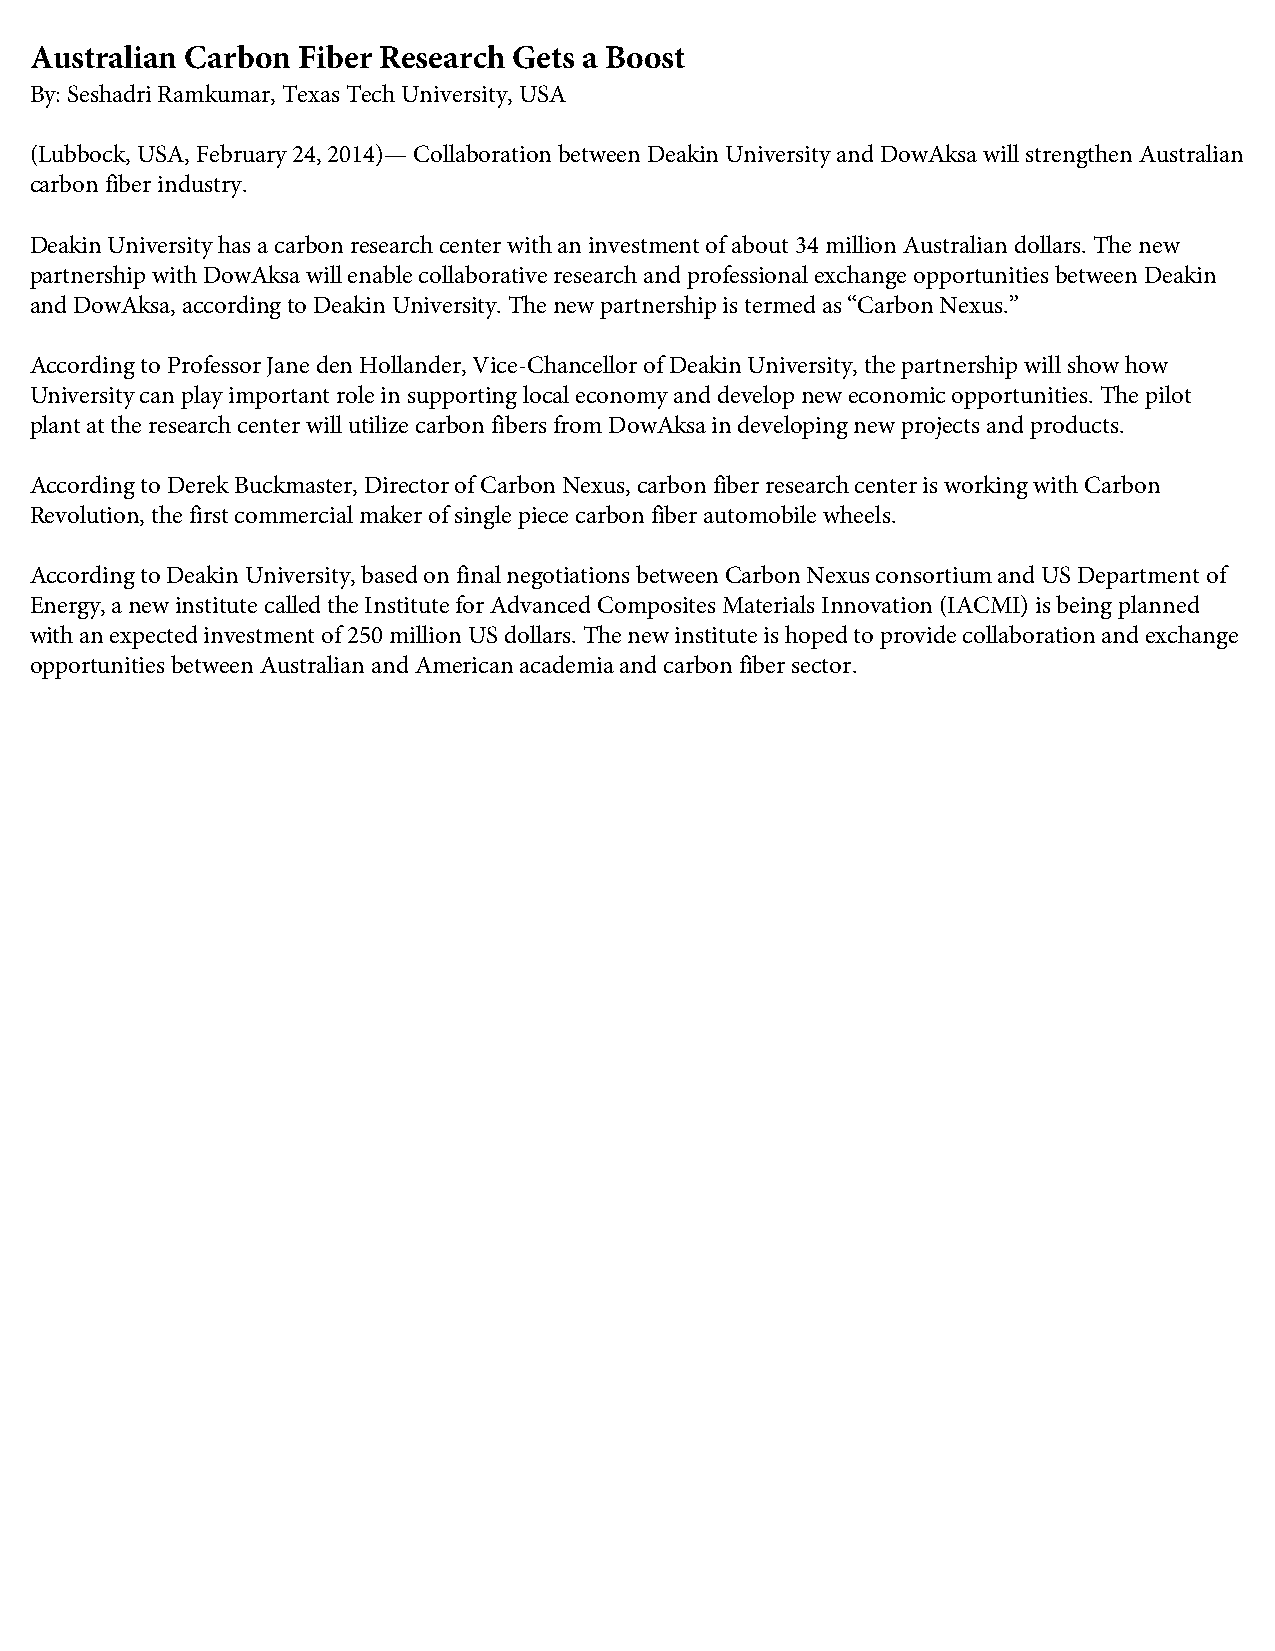
Australian Carbon Fiber Research Gets a Boost
 By: Seshadri Ramkumar, Texas Tech University, USA
 (Lubbock, USA, February 24, 2014)— Collaboration between Deakin University and DowAksa will strengthen Australian
 carbon fiber industry.
 Deakin University has a carbon research center with an investment of about 34 million Australian dollars. The new
 partnership with DowAksa will enable collaborative research and professional exchange opportunities between Deakin
 and DowAksa, according to Deakin University. The new partnership is termed as “Carbon Nexus.”
 According to Professor Jane den Hollander, Vice-Chancellor of Deakin University, the partnership will show how
 University can play important role in supporting local economy and develop new economic opportunities. The pilot
 plant at the research center will utilize carbon fibers from DowAksa in developing new projects and products.
 According to Derek Buckmaster, Director of Carbon Nexus, carbon fiber research center is working with Carbon
 Revolution, the first commercial maker of single piece carbon fiber automobile wheels.
 According to Deakin University, based on final negotiations between Carbon Nexus consortium and US Department of
 Energy, a new institute called the Institute for Advanced Composites Materials Innovation (IACMI) is being planned
 with an expected investment of 250 million US dollars. The new institute is hoped to provide collaboration and exchange
 opportunities between Australian and American academia and carbon fiber sector.